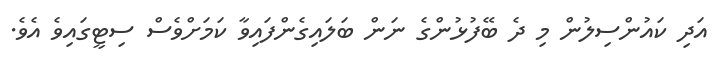
އަދި ކައުންސިލުން މި ދެ ބޭފުޅުންގެ ނަން ބަލައިގެންފައިވާ ކަމަށްވެސް ސިޓީގައިވެ އެވެ.